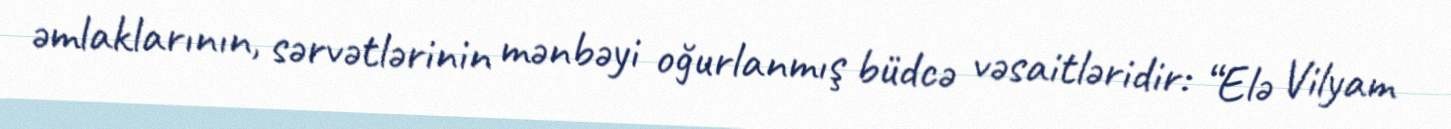
əmlaklarının, sərvətlərinin mənbəyi oğurlanmış büdcə vəsaitləridir: “Elə Vilyam